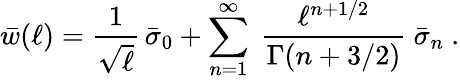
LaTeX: \bar{w}(\ell)={\frac{1}{\sqrt{\ell}}}\, \bar{\sigma}_{0}+\sum_{n=1}^{\infty}\ {\frac{\ell^{n+1/2}}{\Gamma(n+3/2)}}\ \bar{\sigma}_{n}\ .